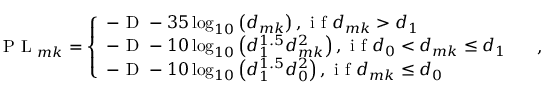
\textup { P L } _ { m k } = \left\{ \begin{array} { l l } { - \textup { D } - 3 5 \log _ { 1 0 } \left( d _ { m k } \right) , \textup { i f } d _ { m k } > d _ { 1 } } & \\ { - \textup { D } - 1 0 \log _ { 1 0 } \left( d _ { 1 } ^ { 1 . 5 } d _ { m k } ^ { 2 } \right) , \textup { i f } d _ { 0 } < d _ { m k } \leq d _ { 1 } } & \\ { - \textup { D } - 1 0 \log _ { 1 0 } \left( d _ { 1 } ^ { 1 . 5 } d _ { 0 } ^ { 2 } \right) , \textup { i f } d _ { m k } \leq d _ { 0 } } & \end{array} \right. ,